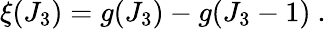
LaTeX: \xi(J_{3})=g(J_{3})-g(J_{3}-1)~.